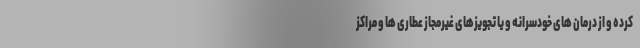
کرده و از درمان های خودسرانه و یا تجویزهای غیرمجاز عطاری ها و مراکز